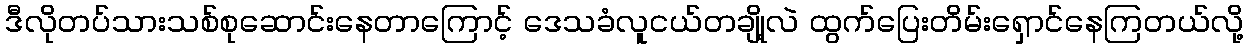
ဒီလိုတပ်သားသစ်စုဆောင်းနေတာကြောင့် ဒေသခံလူငယ်တချို့လဲ ထွက်ပြေးတိမ်းရှောင်နေကြတယ်လို့